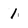
Character: 1